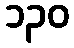
၁၃၀